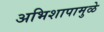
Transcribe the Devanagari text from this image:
अभिशापामुळे